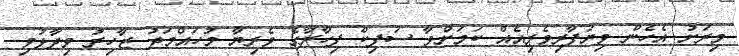
މިރަށު އެހެން ވިޔަފާރިވެރިއެއް ކަމަށްވާ ސަފިކް ފިހާރާގެ ވެރިޔާ މުހައްމަދު ޒާހިރު ވިދާޅުވި